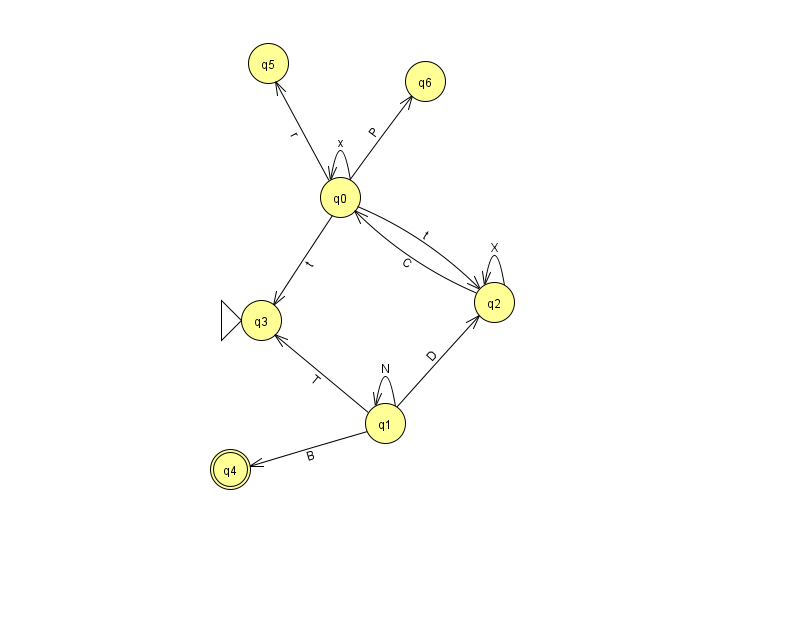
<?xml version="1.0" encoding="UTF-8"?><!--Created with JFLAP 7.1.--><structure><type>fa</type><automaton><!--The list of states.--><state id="0" name="q0"><x>340.0</x><y>184.0</y></state><state id="1" name="q1"><x>385.0</x><y>410.0</y></state><state id="2" name="q2"><x>494.0</x><y>289.0</y></state><state id="3" name="q3"><x>261.0</x><y>307.0</y><initial/></state><state id="4" name="q4"><x>230.0</x><y>456.0</y><final/></state><state id="5" name="q5"><x>268.0</x><y>50.0</y></state><state id="6" name="q6"><x>425.0</x><y>68.0</y></state><!--The list of transitions.--><transition><from>0</from><to>3</to><read>t</read></transition><transition><from>1</from><to>2</to><read>D</read></transition><transition><from>0</from><to>5</to><read>r</read></transition><transition><from>0</from><to>6</to><read>P</read></transition><transition><from>0</from><to>0</to><read>x</read></transition><transition><from>0</from><to>2</to><read>t</read></transition><transition><from>2</from><to>2</to><read>X</read></transition><transition><from>1</from><to>1</to><read>N</read></transition><transition><from>1</from><to>3</to><read>T</read></transition><transition><from>1</from><to>4</to><read>B</read></transition><transition><from>2</from><to>0</to><read>C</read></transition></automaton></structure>